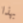
بهذا